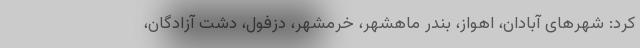
کرد: شهر‌های آبادان، اهواز، بندر ماهشهر، خرمشهر، دزفول، دشت آزادگان،